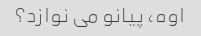
اوه، پیانو می نوازد؟